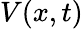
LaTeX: V(x,t)